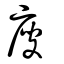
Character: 廀